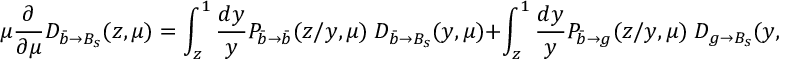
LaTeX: \mu \frac { \partial } { \partial \mu } D _ { \bar { b } \to B _ { s } } ( z , \mu ) = \int _ { z } ^ { 1 } \frac { d y } { y } P _ { \bar { b } \to \bar { b } } ( z / y , \mu ) \; D _ { \bar { b } \to B _ { s } } ( y , \mu ) + \int _ { z } ^ { 1 } \frac { d y } { y } P _ { \bar { b } \to g } ( z / y , \mu ) \; D _ { g \to B _ { s } } ( y , \mu ) \, ,